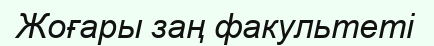
Жоғары заң факультеті